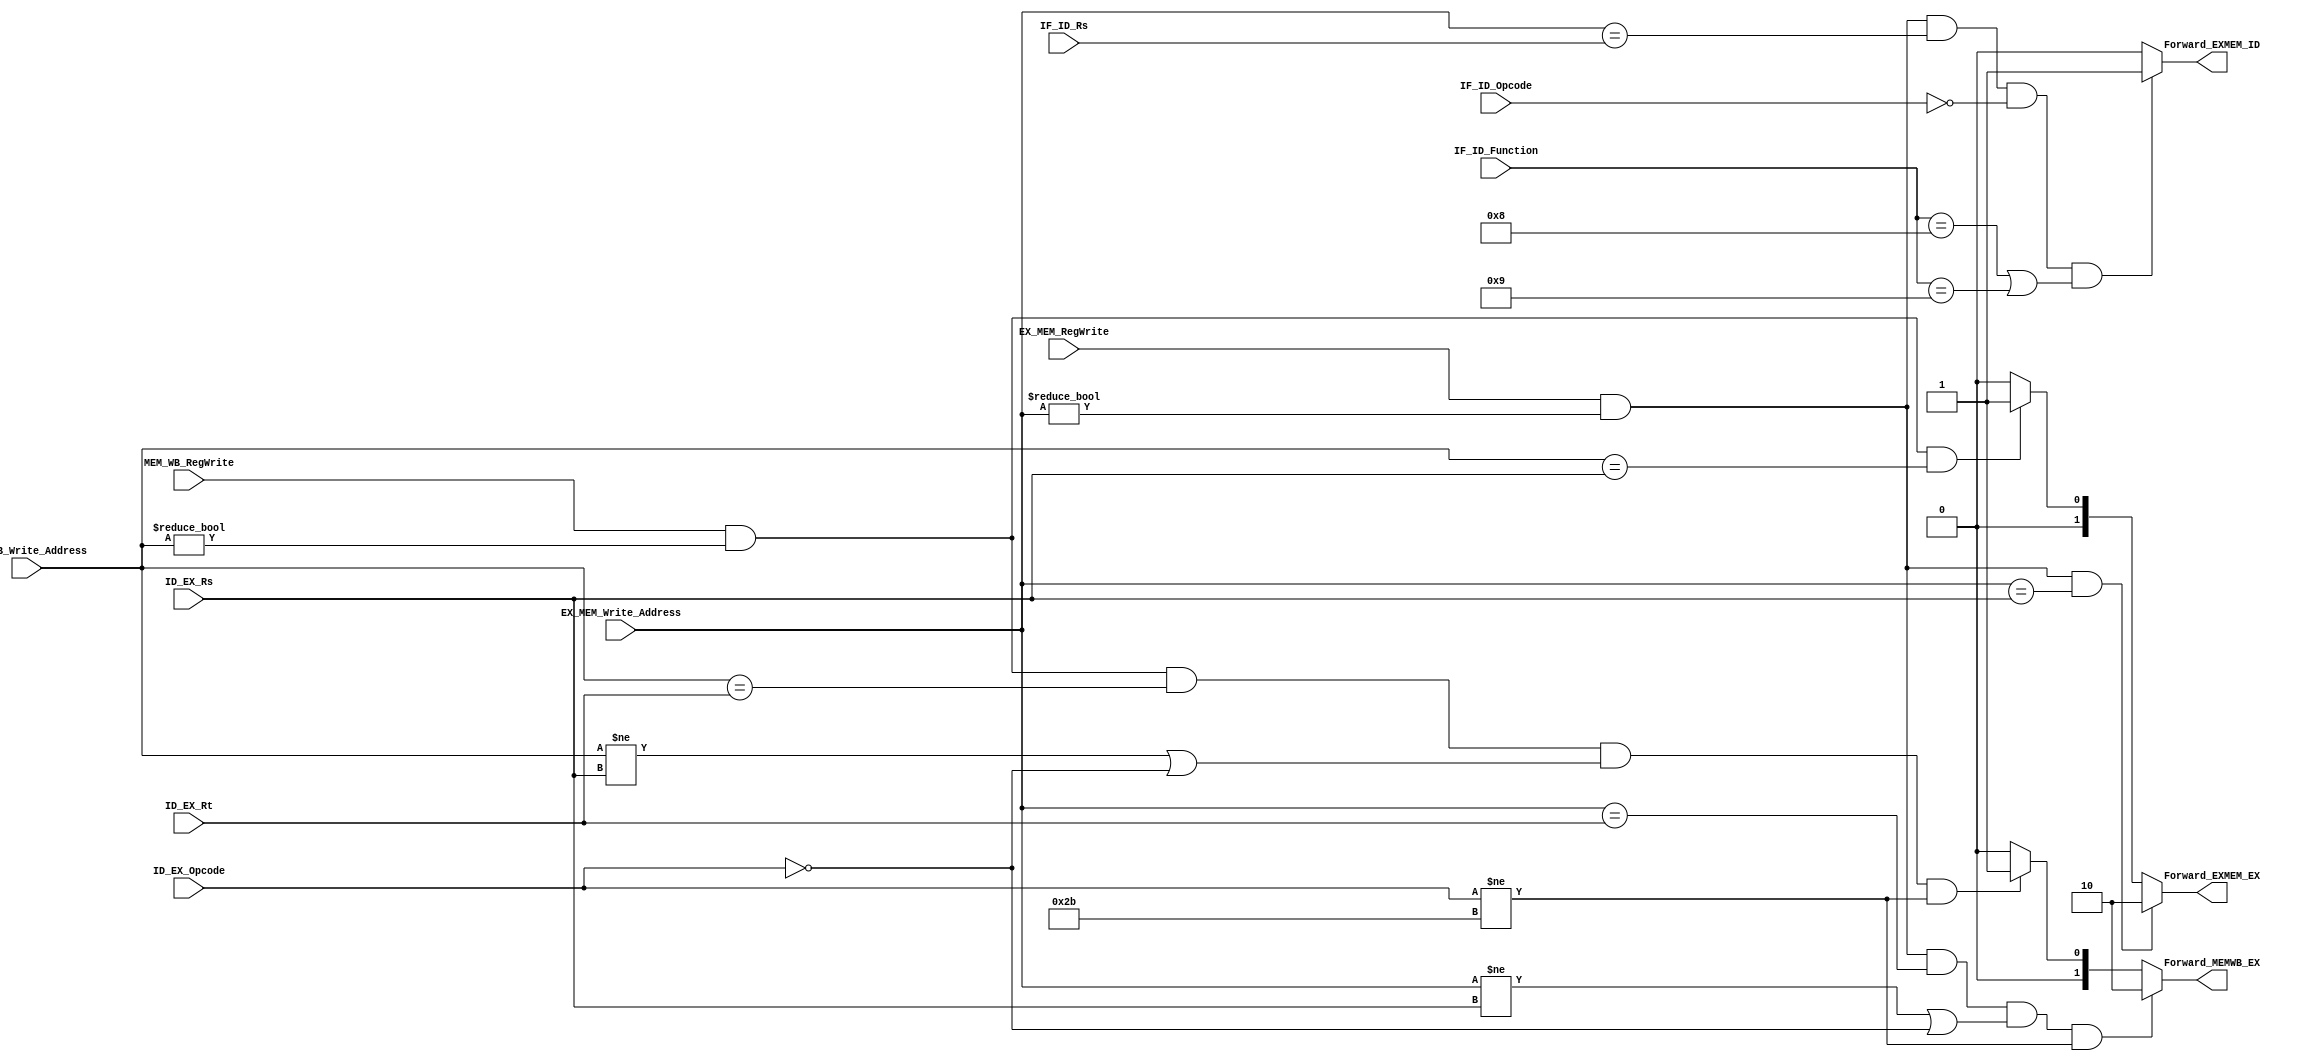
module Forwarding(
    input EX_MEM_RegWrite,
    input MEM_WB_RegWrite,
    input [4:0] EX_MEM_Write_Address,
    input [4:0] MEM_WB_Write_Address,
    input [4:0] ID_EX_Rs,
    input [4:0] ID_EX_Rt,
    input [4:0] IF_ID_Rs,
    input [5:0] IF_ID_Opcode,
    input [5:0] IF_ID_Function,
    input [5:0] ID_EX_Opcode,
    output [1:0] Forward_EXMEM_EX,
    output [1:0] Forward_MEMWB_EX,
    output  Forward_EXMEM_ID
);
    assign Forward_EXMEM_EX = (EX_MEM_RegWrite && (EX_MEM_Write_Address != 0) && (EX_MEM_Write_Address == ID_EX_Rs))?2'b10:
                               (MEM_WB_RegWrite && (MEM_WB_Write_Address != 0) && (MEM_WB_Write_Address == ID_EX_Rs))?2'b01:
                               2'b00;
    assign Forward_MEMWB_EX = (EX_MEM_RegWrite && (EX_MEM_Write_Address != 0) && (EX_MEM_Write_Address == ID_EX_Rt)&&((EX_MEM_Write_Address!=ID_EX_Rs)||ID_EX_Opcode==0)&&ID_EX_Opcode!=6'h2b)?2'b10:
                                 (MEM_WB_RegWrite && (MEM_WB_Write_Address != 0) && (MEM_WB_Write_Address == ID_EX_Rt)&&((MEM_WB_Write_Address!=ID_EX_Rs)||ID_EX_Opcode==0)&&ID_EX_Opcode!=6'h2b)
                                 ?2'b01:
                                 2'b00;
    assign Forward_EXMEM_ID = (EX_MEM_RegWrite && (EX_MEM_Write_Address != 0) && (EX_MEM_Write_Address == IF_ID_Rs)&&(IF_ID_Opcode==0)&&(IF_ID_Function==6'h8||IF_ID_Function==6'h09))?1'b1:1'b0;
endmodule